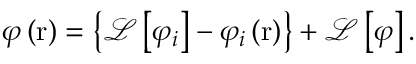
\varphi \left( \mathrm { r } \right) = \left\{ \mathcal { L } \left[ { { \varphi } _ { i } } \right] - { { \varphi } _ { i } } \left( \mathrm { r } \right) \right\} + \mathcal { L } \left[ \varphi \right] .